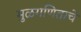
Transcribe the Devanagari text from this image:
मुळगणिताचे